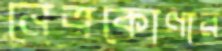
নেত্রকোণার